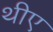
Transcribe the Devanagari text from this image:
थीए